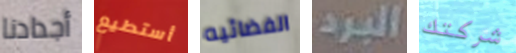
أجدادنا أستطيع الفضائيه البرد شركتك